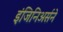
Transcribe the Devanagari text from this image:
इंजिनिअर्सने